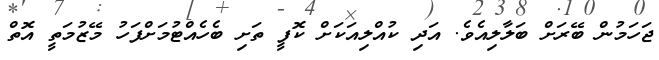
ޖަހަމުން ބޭރަށް ބަލާލިއެވެ. އަދި ކުއްލިއަކަށް ކޮފީ ތަށި ބެހެއްޓުމަށްފަހު މޭޒުމަތީ އޮތް